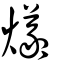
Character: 爔